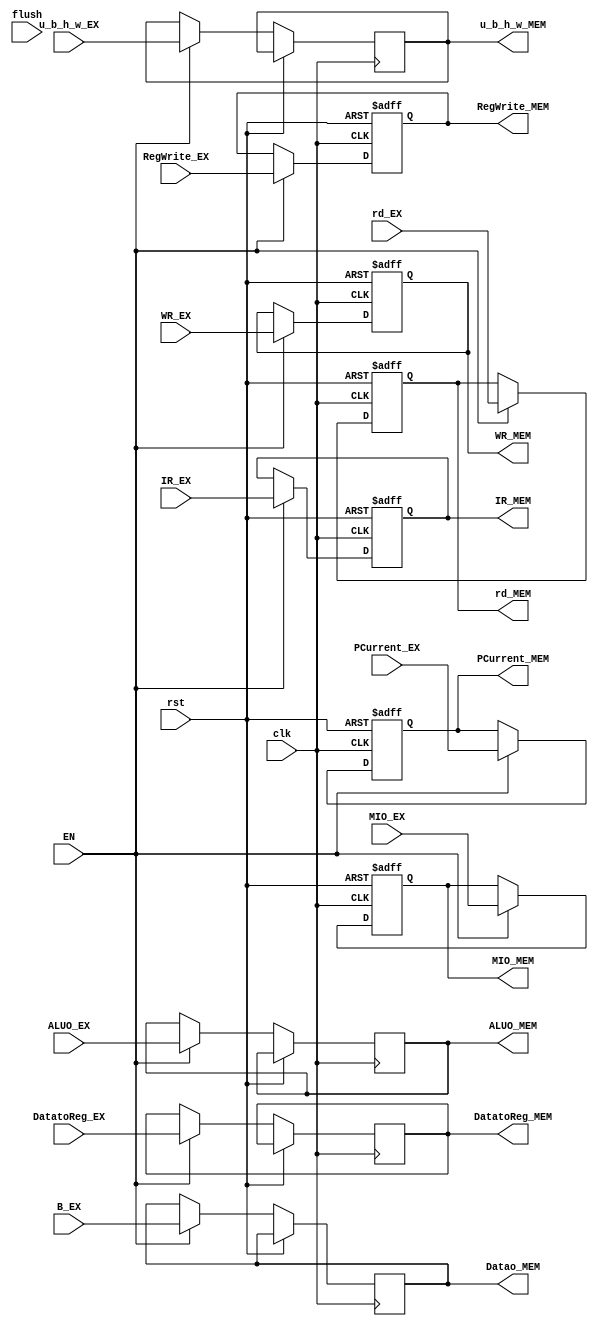
`timescale 1ns / 1ps
//////////////////////////////////////////////////////////////////////////////////
// Company:
// Engineer:
//
// Design Name:
// Module Name:    REGS EX/MEM Latch
// Project Name:
// Target Devices:
// Tool versions:
// Description:
//
// Dependencies:
//
// Revision:
// Revision 0.01 - File Created
// Additional Comments:
//
//////////////////////////////////////////////////////////////////////////////////

module   REG_EX_MEM(input clk,                                      //EX/MEM Latch
                    input rst,
                    input EN,                                       //?
                    input flush,                                    //()?
                    input [31:0] IR_EX,                             //()
                    input [31:0] PCurrent_EX,                       //?
                    input [31:0] ALUO_EX,                           //ALU?ALU
                    input [31:0] B_EX,                              //IDBCPU
                    input [4:0]  rd_EX,                             //??
                    input DatatoReg_EX,                      //?REG?
                    input RegWrite_EX,                              //??
                    input WR_EX,                                    //?
                    input[2:0] u_b_h_w_EX,
                    input MIO_EX,

                    output reg[31:0] PCurrent_MEM,                  //??
                    output reg[31:0] IR_MEM,                        //??()
                    output reg[31:0] ALUO_MEM,                      //ALU?ALU
                    output reg[31:0] Datao_MEM,                     //?MIO
                    output reg[4:0]  rd_MEM,                        //??
                    output reg       DatatoReg_MEM,                 //?REG?
                    output reg       RegWrite_MEM,                  //??
                    output reg       WR_MEM,                         //?
                    output reg[2:0]  u_b_h_w_MEM,
                    output reg       MIO_MEM
                );

    always @(posedge clk or posedge rst) begin
        if(rst) begin
            IR_MEM       <= 0;
            PCurrent_MEM <= 0;
            rd_MEM       <= 0;
            RegWrite_MEM <= 0;
            WR_MEM       <= 0;
            MIO_MEM      <= 0;
        end
        else if(EN) begin                                      //EXMEM?
                IR_MEM       <= IR_EX;
                PCurrent_MEM <= PCurrent_EX;                  //??
                ALUO_MEM     <= ALUO_EX;                      //ALU
                Datao_MEM    <= B_EX;                         //?CPU
                DatatoReg_MEM <= DatatoReg_EX;                      //?REG?
                RegWrite_MEM  <= RegWrite_EX;                 //??
                WR_MEM        <= WR_EX;                       //?
                rd_MEM        <= rd_EX;                       //??
                u_b_h_w_MEM   <= u_b_h_w_EX;
                MIO_MEM       <= MIO_EX;
        end
    end

endmodule